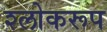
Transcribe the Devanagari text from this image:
श्लोकरूप